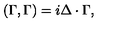
( \Gamma , \Gamma ) = i \Delta \cdot \Gamma ,